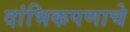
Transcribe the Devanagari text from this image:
दांभिकपणाचे